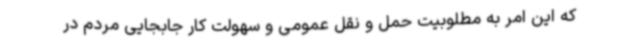
که این امر به مطلوبیت حمل و نقل عمومی و سهولت کار جابجایی مردم در